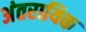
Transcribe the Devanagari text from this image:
अंतरायिक